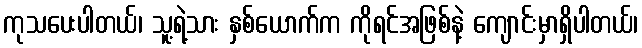
ကုသပေးပါတယ်၊ သူ့ရဲ့သား နှစ်ယောက်က ကိုရင်အဖြစ်နဲ့ ကျောင်းမှာရှိပါတယ်၊